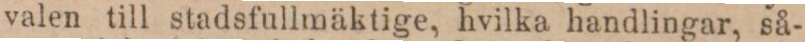
valen till stadsfullmäktige, hvilka handlingar, så-